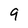
Character: 9